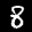
Label: 8